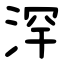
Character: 浫